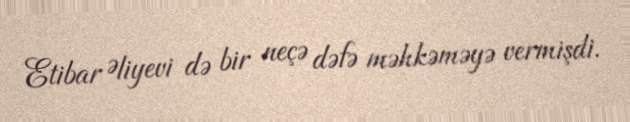
Etibar Əliyevi də bir neçə dəfə məhkəməyə vermişdi.